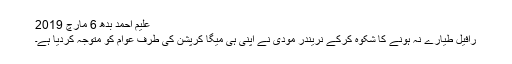
علیم احمد بدھ 6 مارچ 2019
رافیل طیارے نہ ہونے کا شکوہ کرکے نریندر مودی نے اپنی ہی میگا کرپشن کی طرف عوام کو متوجہ کردیا ہے۔